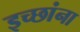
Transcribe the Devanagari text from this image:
इच्छांना